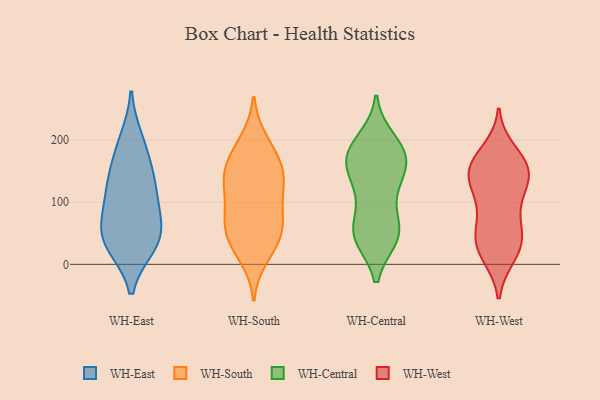
{"axis": {"x": "Net Income (USD K)", "y": "Value"}, "legend": ["WH-Central", "WH-East", "WH-South", "WH-West"], "data": [{"x": "", "y": 77, "type": "WH-East"}, {"x": "", "y": 37, "type": "WH-East"}, {"x": "", "y": 79, "type": "WH-East"}, {"x": "", "y": 35, "type": "WH-East"}, {"x": "", "y": 179, "type": "WH-East"}, {"x": "", "y": 200, "type": "WH-East"}, {"x": "", "y": 31, "type": "WH-East"}, {"x": "", "y": 46, "type": "WH-East"}, {"x": "", "y": 135, "type": "WH-East"}, {"x": "", "y": 119, "type": "WH-East"}, {"x": "", "y": 132, "type": "WH-East"}, {"x": "", "y": 11, "type": "WH-South"}, {"x": "", "y": 130, "type": "WH-South"}, {"x": "", "y": 123, "type": "WH-South"}, {"x": "", "y": 156, "type": "WH-South"}, {"x": "", "y": 89, "type": "WH-South"}, {"x": "", "y": 35, "type": "WH-South"}, {"x": "", "y": 53, "type": "WH-South"}, {"x": "", "y": 27, "type": "WH-South"}, {"x": "", "y": 65, "type": "WH-South"}, {"x": "", "y": 149, "type": "WH-South"}, {"x": "", "y": 161, "type": "WH-South"}, {"x": "", "y": 194, "type": "WH-South"}, {"x": "", "y": 51, "type": "WH-South"}, {"x": "", "y": 200, "type": "WH-South"}, {"x": "", "y": 127, "type": "WH-South"}, {"x": "", "y": 71, "type": "WH-South"}, {"x": "", "y": 91, "type": "WH-South"}, {"x": "", "y": 158, "type": "WH-South"}, {"x": "", "y": 131, "type": "WH-Central"}, {"x": "", "y": 200, "type": "WH-Central"}, {"x": "", "y": 166, "type": "WH-Central"}, {"x": "", "y": 102, "type": "WH-Central"}, {"x": "", "y": 43, "type": "WH-Central"}, {"x": "", "y": 184, "type": "WH-Central"}, {"x": "", "y": 160, "type": "WH-Central"}, {"x": "", "y": 153, "type": "WH-Central"}, {"x": "", "y": 52, "type": "WH-Central"}, {"x": "", "y": 59, "type": "WH-Central"}, {"x": "", "y": 169, "type": "WH-Central"}, {"x": "", "y": 43, "type": "WH-Central"}, {"x": "", "y": 126, "type": "WH-Central"}, {"x": "", "y": 45, "type": "WH-Central"}, {"x": "", "y": 189, "type": "WH-Central"}, {"x": "", "y": 53, "type": "WH-Central"}, {"x": "", "y": 180, "type": "WH-Central"}, {"x": "", "y": 139, "type": "WH-West"}, {"x": "", "y": 160, "type": "WH-West"}, {"x": "", "y": 33, "type": "WH-West"}, {"x": "", "y": 130, "type": "WH-West"}, {"x": "", "y": 118, "type": "WH-West"}, {"x": "", "y": 39, "type": "WH-West"}, {"x": "", "y": 162, "type": "WH-West"}, {"x": "", "y": 147, "type": "WH-West"}, {"x": "", "y": 79, "type": "WH-West"}, {"x": "", "y": 15, "type": "WH-West"}, {"x": "", "y": 119, "type": "WH-West"}, {"x": "", "y": 14, "type": "WH-West"}, {"x": "", "y": 155, "type": "WH-West"}, {"x": "", "y": 48, "type": "WH-West"}, {"x": "", "y": 74, "type": "WH-West"}, {"x": "", "y": 38, "type": "WH-West"}, {"x": "", "y": 182, "type": "WH-West"}, {"x": "", "y": 163, "type": "WH-West"}]}